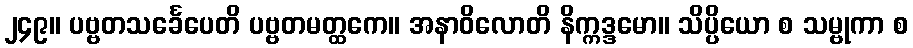
၂၄၉။ ပဗ္ဗတသင်္ခေပေတိ ပဗ္ဗတမတ္ထကေ။ အနာဝိလောတိ နိက္ကဒ္ဒမော။ သိပ္ပိယော စ သမ္ဗုကာ စ